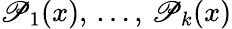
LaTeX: \mathscr{P}_{1}(x),\, \ldots,\, \mathscr{P}_{k}(x)